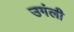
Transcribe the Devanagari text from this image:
उगंली